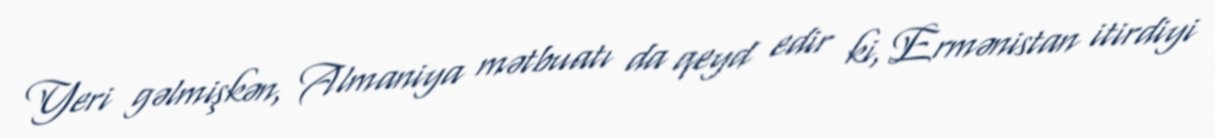
Yeri gəlmişkən, Almaniya mətbuatı da qeyd edir ki, Ermənistan itirdiyi